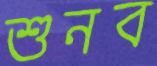
শুনব